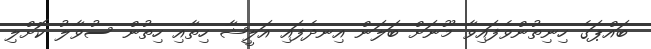
ބައްޕަގެ ހިނިތުންވެފައިވާ މޫނަށް ބަލަން އިނދެފައި އަލީޝާ ހިތާއި ހިތުން ސުވާލު ކޮށްލި